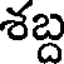
శబ్ద